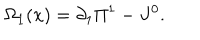
\Omega _ { 1 } ( x ) = \partial _ { 1 } \Pi ^ { 1 } - J ^ { 0 } .